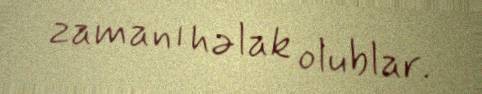
zamanı həlak olublar.